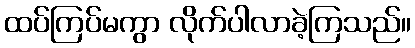
ထပ်ကြပ်မကွာ လိုက်ပါလာခဲ့ကြသည်။